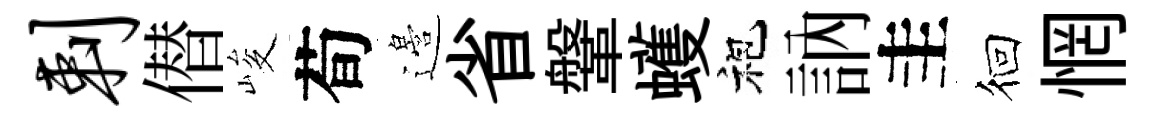
剌僣峻荀邉省鞶蠖袍訥圭徊惘